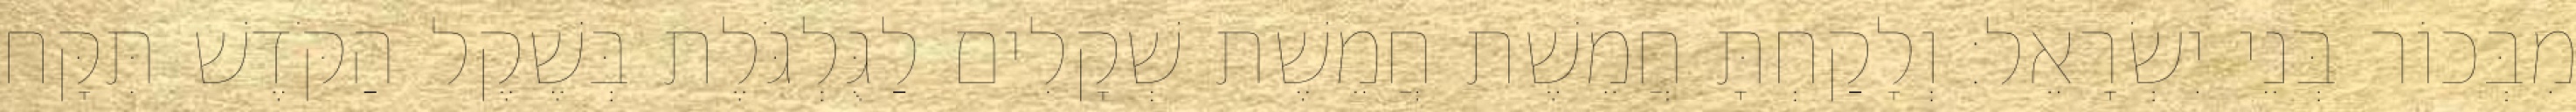
מִבְּכוֹר בְּנֵי יִשְׂרָאֵל׃ וְלָקַחְתָּ חֲמֵשֶׁת חֲמֵשֶׁת שְׁקָלִים לַגֻּלְגֹּלֶת בְּשֶׁקֶל הַקֹּדֶשׁ תִּקָּח